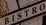
BISTRO